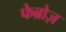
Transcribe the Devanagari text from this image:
फेब्रोज़